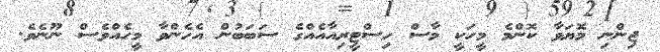
ޖިންނި މޮޔަވާ ކޮންމެ މީހަކީ މާސް ހިސްޓީރިއާއެއްގެ ސަބަބުން އެހެންވާ މީހެއްވެސް ނޫނެވެ.